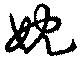
妉